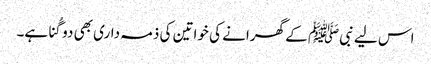
اس لیے نبیﷺ کے گھرانے کی خواتین کی ذمہ داری بھی دو گُنا ہے۔